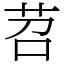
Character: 苕